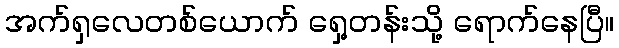
အက်ရှလေတစ်ယောက် ရှေ့တန်းသို့ ရောက်နေပြီ။